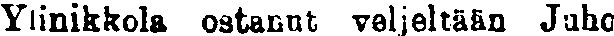
Ylinikkola ostanut veljeltään Juho